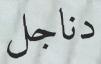
دناجل